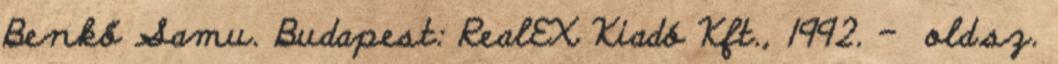
Benkő Samu. Budapest: RealEX Kiadó Kft., 1992. – old.sz.